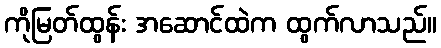
ကိုမြတ်ထွန်း အဆောင်ထဲက ထွက်လာသည်။